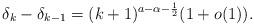
LaTeX: \begin{align*}\delta_k - \delta_{k-1}= (k+1)^{a-\alpha-\frac{1}{2}} ( 1 +o(1)).\end{align*}